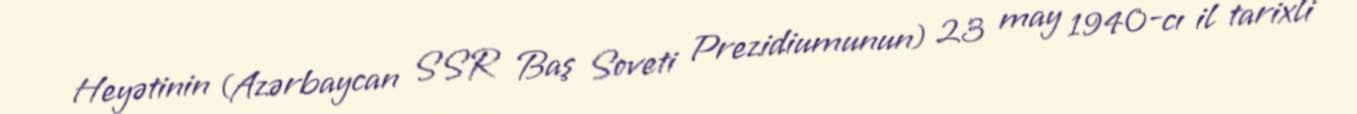
Heyətinin (Azərbaycan SSR Baş Soveti Prezidiumunun) 23 may 1940-cı il tarixli